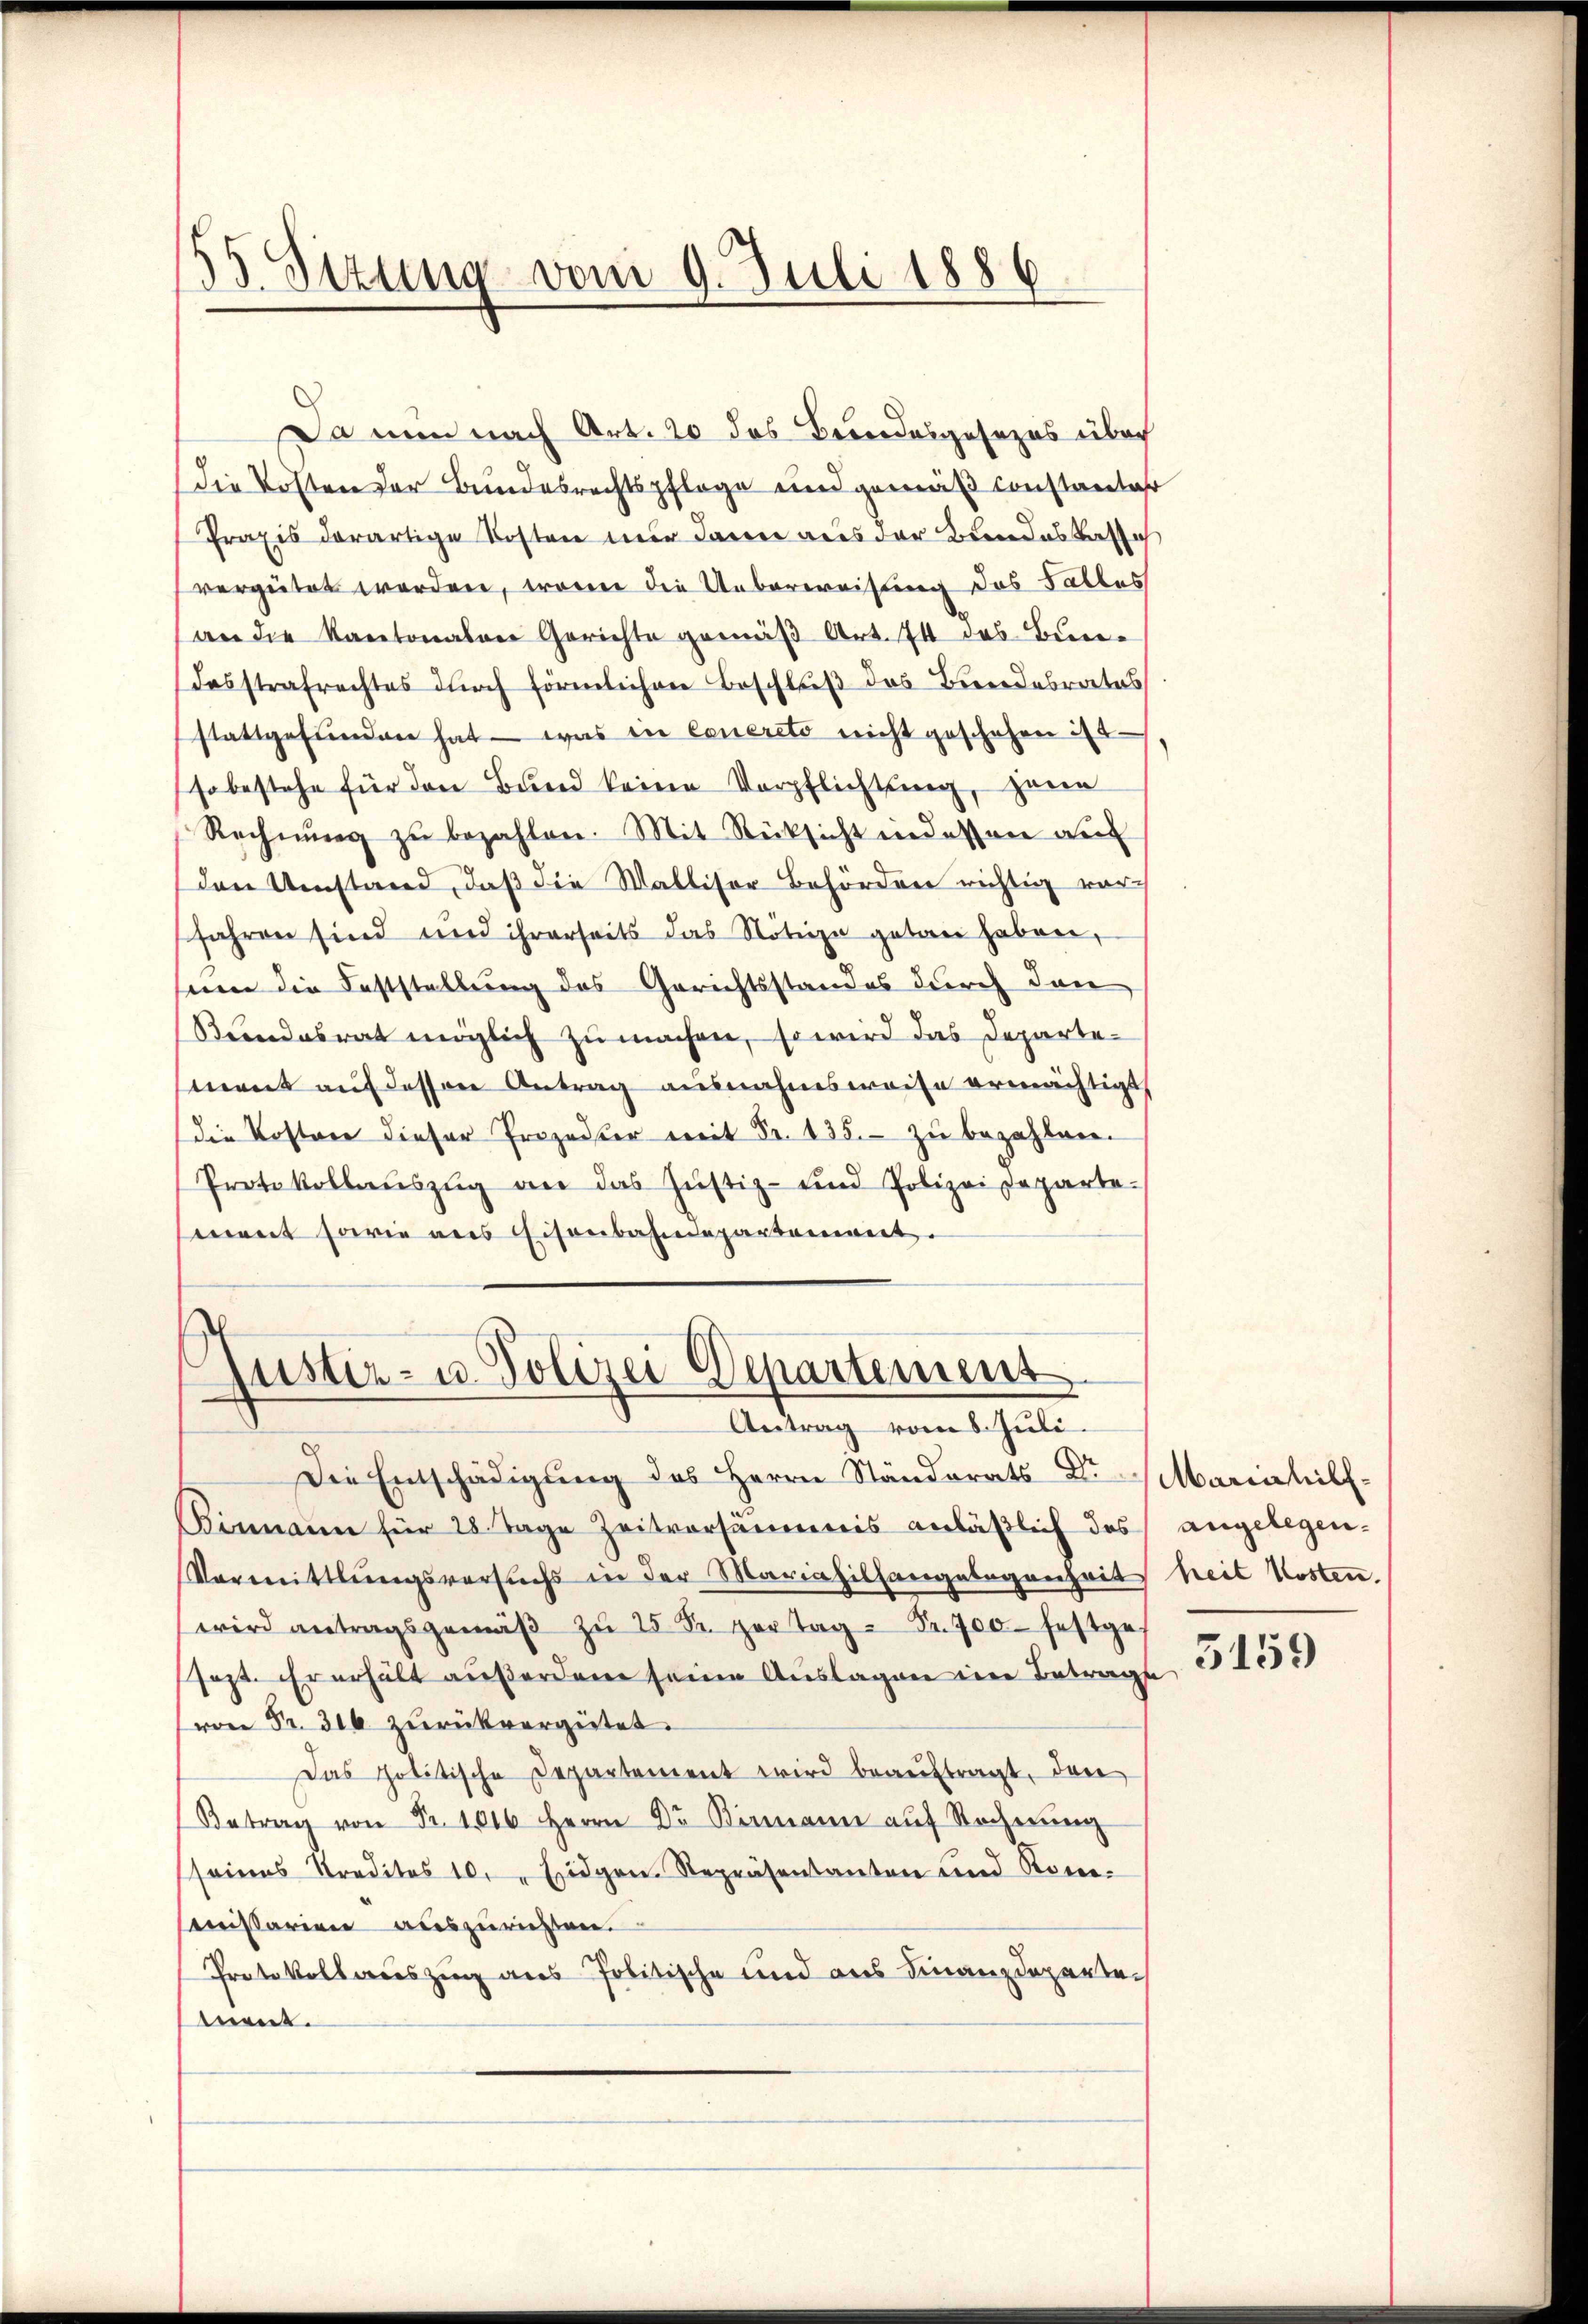
35. Sitzung vom 9. Juli 1886

Da nun nach Art. 20 das Brandesgesezes über
die Kosten der Bundesrechtspflege und gemäß Constantar
Praxis derartige Kosten nur dann aus der Bundeskasse
vergütet werden, worin die Ueberweisung des Falles
ane die Kantonalen Gerichte gemäß Art. 74 des Bundesstrafrechtes dŭrch förmlichen Beschluß des Bundesrates
stattgefunden hat - was in concreto nicht geschehen ist
so bestehe für den Bund keine Verpflichtung, jene
Rechnŭng zŭ bezahlen. Mit Rücksicht indessen au
den Umstand, daß die Walliser Behörden richtig vor-
fahren sind und ihrerseits das Nötige getan haben,
seien die Feststellung des Gerichtsstandes durch den
Beendesrat möglich zu machen, so wird das Departement auf dessen Antrag ausnahmsweise ermächtigt
die Kosten dieser Prozesser mit Fr. 135. zu bezahlen.
Protokollaŭszŭg an das Justiz- und Polizeideparte-
mant sowie aus Eisenbahndepartement.
Justiz- u. Polizei Departement

Antrag vom 8. Juli.

Die Entschädigung des Herrn Ständerats Dr. Mariechilf¬
Bimann für 28. Tage Zeitversäumnis anläβlich das angelegen-
Vormittlungsversuchs in der Mariahilsangelegenheit heit Kosten.
wird antragsgemäβ zŭ 25 Sr. her Tag - Fr. 700 festges
sezt. Er erhält außerden seine Auslagen im Betrage 51555
von Fr. 316 zurückvergütet.
Das politische Departement wird beaŭftragt, den
Betrag von Fr. 1016 Herrn Dr. Bismann aŭf Rocherŭng
(seines Preditos 10. Eidgen. Repräsentanten und Rom.
missarien auszurichten.
Protokollauszug aus Politische und aus Finanzdepartement.